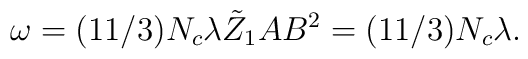
\omega=(11/3)N_c \lambda \tilde{Z}_1 AB^2= (11/3)N_c \lambda .